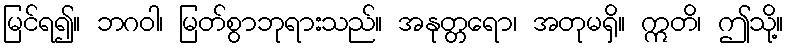
မြင်ရ၍။ ဘဂဝါ၊ မြတ်စွာဘုရားသည်။ အနုတ္တရော၊ အတုမရှိ။ ဣတိ၊ ဤသို့။